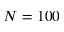
N = 1 0 0